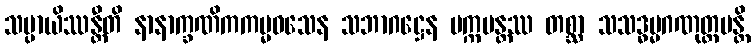
သမ္ပာယိဿန္တီတိ နာနာက္ခဏိကကမ္မဝသေန သဘာဂဋ္ဌေန ပက္ကမန္တဿ တစ္ဆာ သသဒ္ဓမ္မဂဏုတ္တမန္တိ